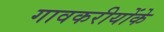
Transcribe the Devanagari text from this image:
गावकरीयोंके